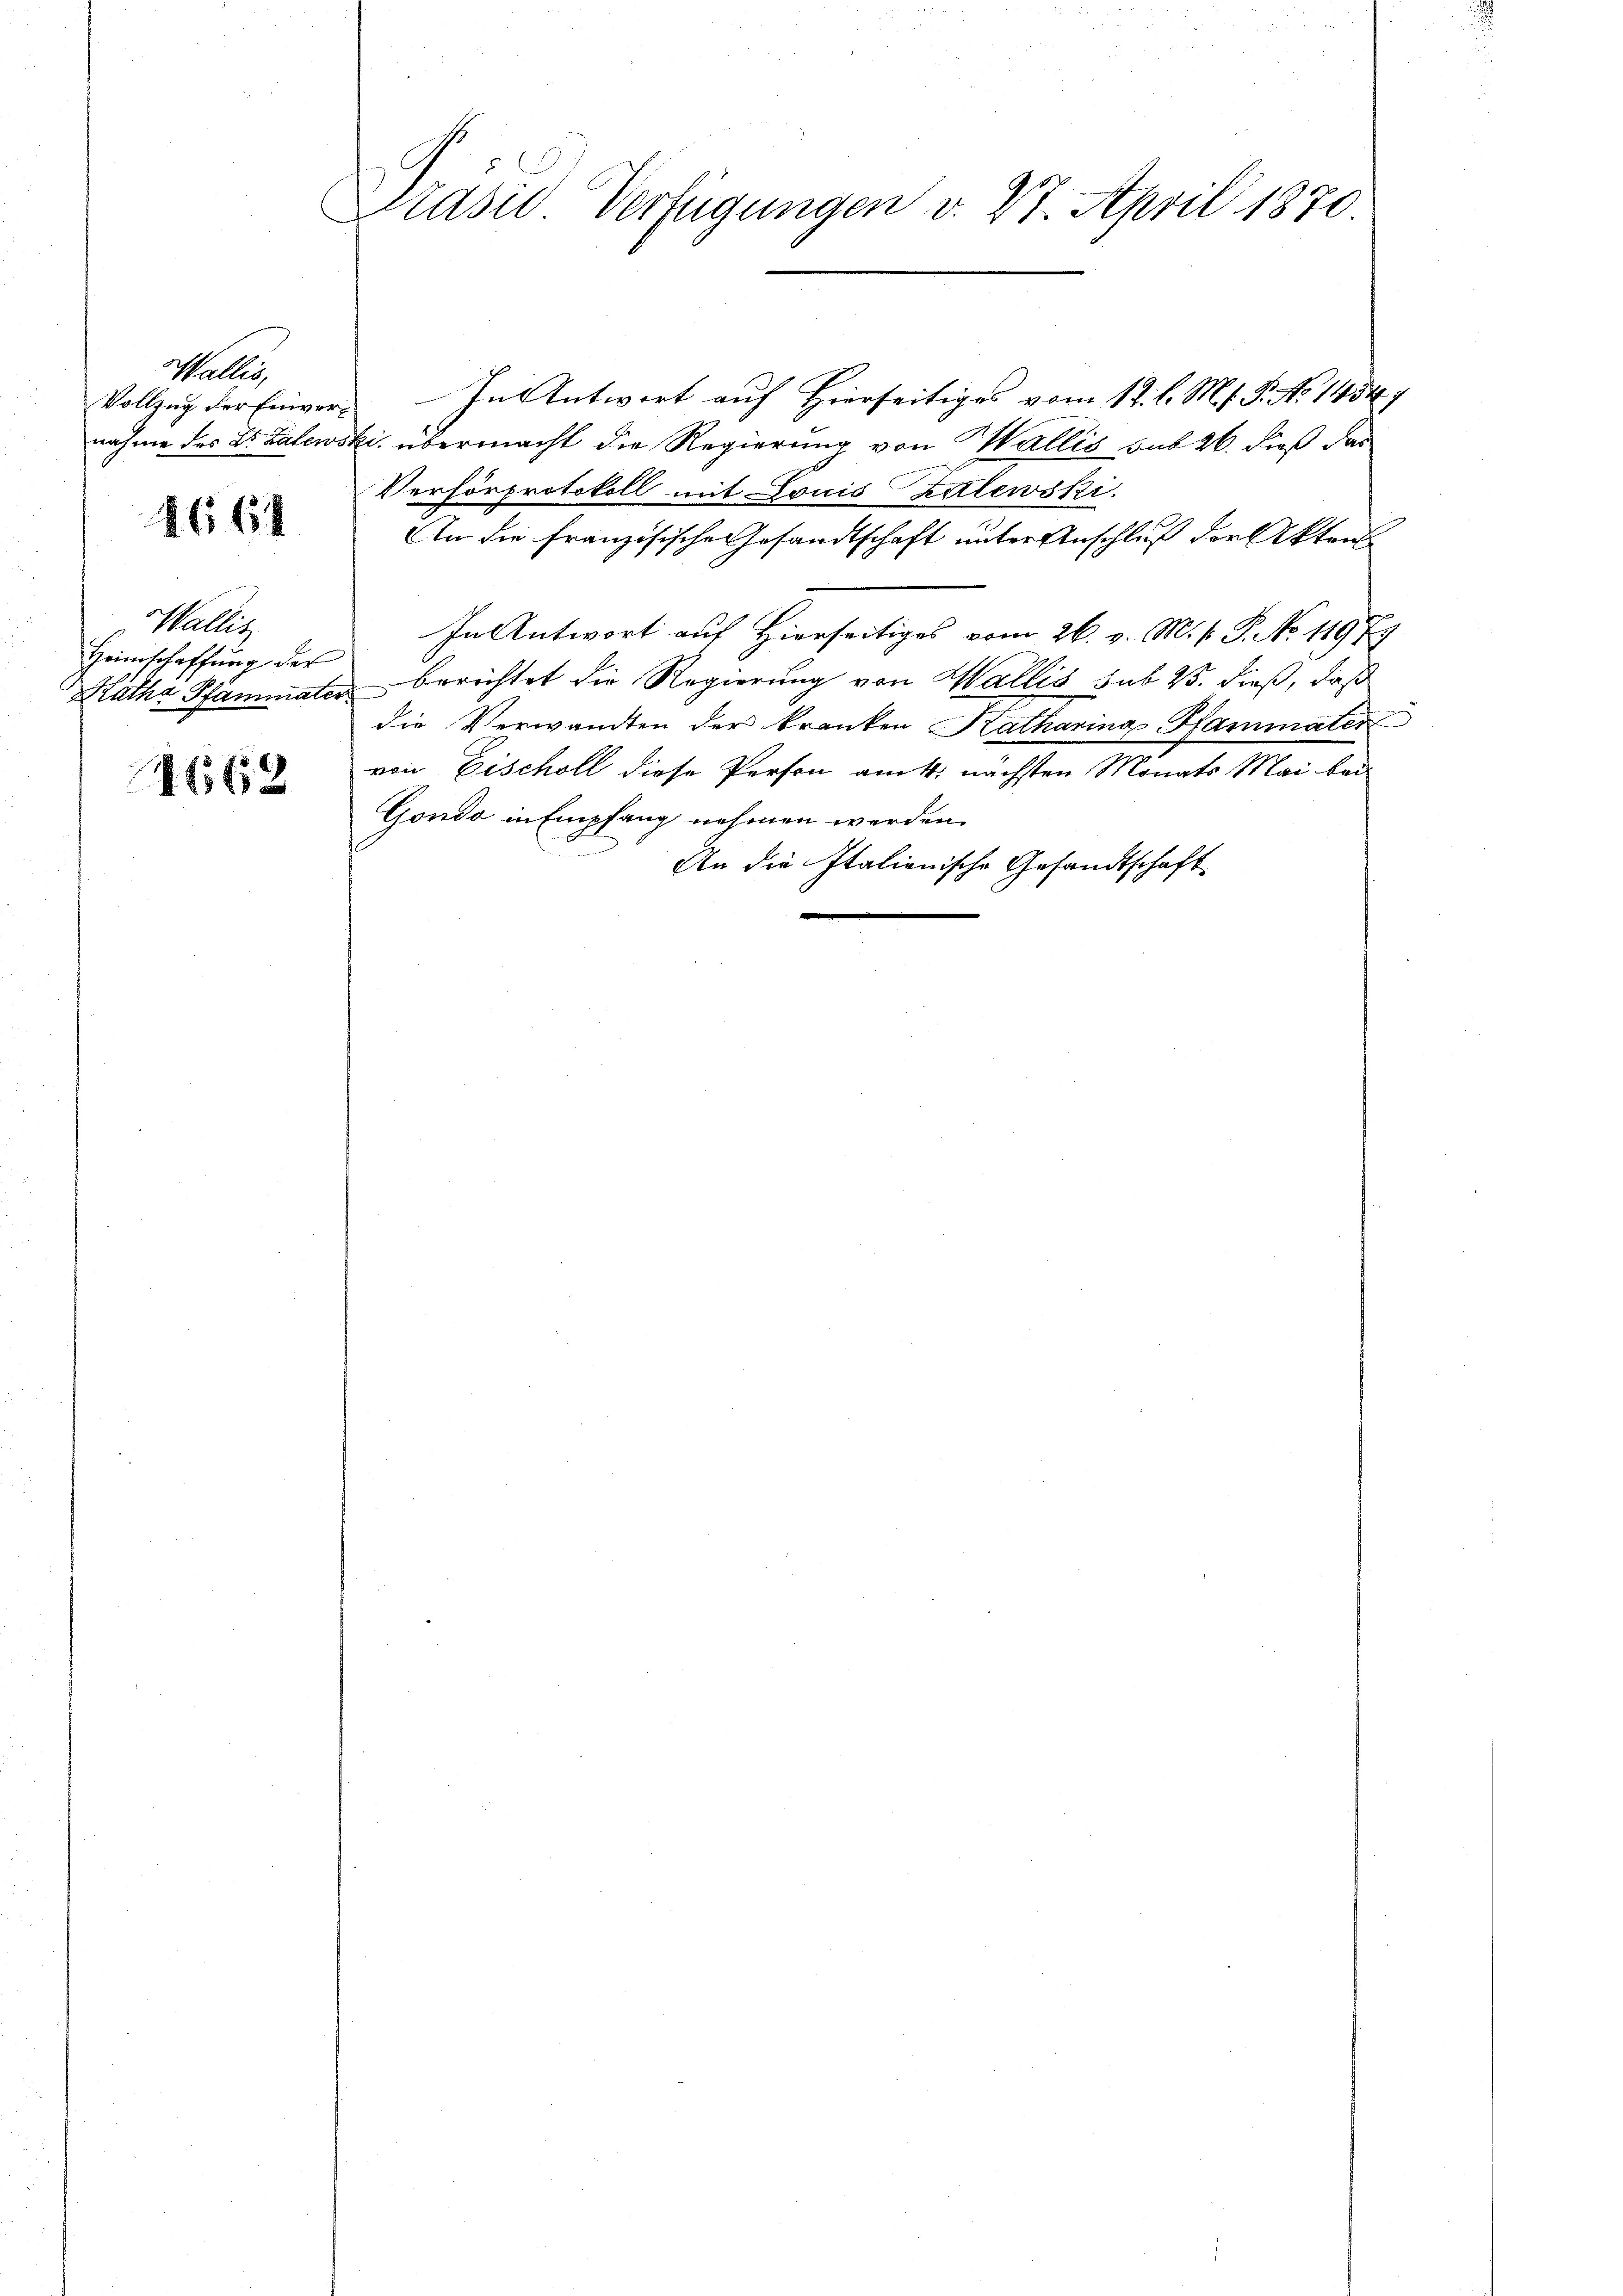
Maller,
Vollzug der Einvernahme des Dr. Latewo

4664

Haller
Heimschaffung der
Räthe Pfämmater

4662

E
Prase Verfügungen v. 27. April 1870

In Antwort auf Hierseitiges vom 12. l. M. P. No 14547
ki. übermacht die Regierung von Wallis sub 26. dieß das
Verhörprotokoll mit Louis Zalewski.
An die französische Gesandtschaft unter Anschluß der Akten
In Antwort auf Hierseitiges vom 26. v. M. v. J. No 11979
berichtet die Regierung von Wallis sub 23. dieß, daß
die Verwandten der kranken Katharing Pfammater
von Eischoll diese Person am 4. nächsten Monats Mai bei
Gondo in Empfang nehmen werden.
An die Italienische Gesandtschaft
e